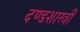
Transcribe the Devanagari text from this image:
दण्डशास्त्री